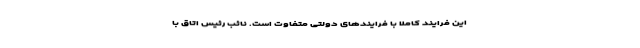
این فرایند کاملا با فرایندهای دولتی متفاوت است. نائب رئیس اتاق با